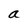
Character: a